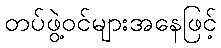
တပ်ဖွဲ့ဝင်များအနေဖြင့်